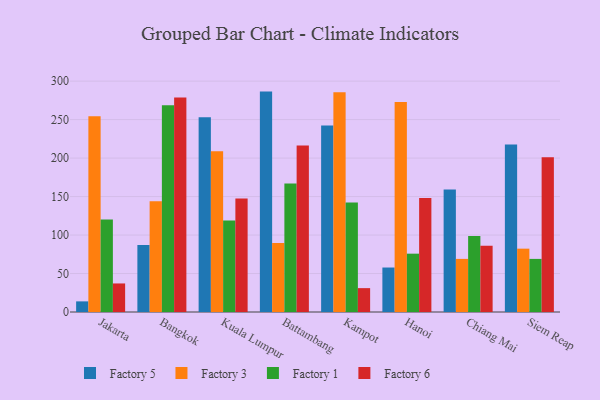
{"axis": {"x": "City", "y": "Energy Usage (MWh)"}, "legend": ["Factory 1", "Factory 3", "Factory 5", "Factory 6"], "data": [{"x": "Jakarta", "y": 13.8, "type": "Factory 5"}, {"x": "Jakarta", "y": 254.4, "type": "Factory 3"}, {"x": "Jakarta", "y": 120.3, "type": "Factory 1"}, {"x": "Jakarta", "y": 37.1, "type": "Factory 6"}, {"x": "Bangkok", "y": 87.2, "type": "Factory 5"}, {"x": "Bangkok", "y": 144.0, "type": "Factory 3"}, {"x": "Bangkok", "y": 268.5, "type": "Factory 1"}, {"x": "Bangkok", "y": 278.7, "type": "Factory 6"}, {"x": "Kuala Lumpur", "y": 253.2, "type": "Factory 5"}, {"x": "Kuala Lumpur", "y": 208.9, "type": "Factory 3"}, {"x": "Kuala Lumpur", "y": 118.9, "type": "Factory 1"}, {"x": "Kuala Lumpur", "y": 147.4, "type": "Factory 6"}, {"x": "Battambang", "y": 286.4, "type": "Factory 5"}, {"x": "Battambang", "y": 89.6, "type": "Factory 3"}, {"x": "Battambang", "y": 166.9, "type": "Factory 1"}, {"x": "Battambang", "y": 216.3, "type": "Factory 6"}, {"x": "Kampot", "y": 242.3, "type": "Factory 5"}, {"x": "Kampot", "y": 285.6, "type": "Factory 3"}, {"x": "Kampot", "y": 142.3, "type": "Factory 1"}, {"x": "Kampot", "y": 31.0, "type": "Factory 6"}, {"x": "Hanoi", "y": 57.8, "type": "Factory 5"}, {"x": "Hanoi", "y": 272.8, "type": "Factory 3"}, {"x": "Hanoi", "y": 75.8, "type": "Factory 1"}, {"x": "Hanoi", "y": 148.3, "type": "Factory 6"}, {"x": "Chiang Mai", "y": 159.1, "type": "Factory 5"}, {"x": "Chiang Mai", "y": 69.0, "type": "Factory 3"}, {"x": "Chiang Mai", "y": 98.7, "type": "Factory 1"}, {"x": "Chiang Mai", "y": 86.1, "type": "Factory 6"}, {"x": "Siem Reap", "y": 217.7, "type": "Factory 5"}, {"x": "Siem Reap", "y": 82.3, "type": "Factory 3"}, {"x": "Siem Reap", "y": 69.0, "type": "Factory 1"}, {"x": "Siem Reap", "y": 201.1, "type": "Factory 6"}]}